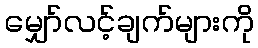
မျှော်လင့်ချက်များကို